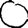
Digit: 0